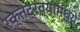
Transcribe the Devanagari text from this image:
रक्तद्रव्यामध्ये